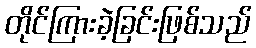
တိုင်ကြားခဲ့ခြင်းဖြစ်သည်